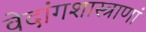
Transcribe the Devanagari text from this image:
वेदांगशास्त्राणां